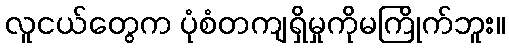
လူငယ်တွေက ပုံစံတကျရှိမှုကိုမကြိုက်ဘူး။